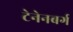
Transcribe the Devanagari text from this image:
टेनेनबर्ग